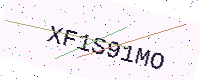
Text: XF1S91MO